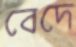
বেদে